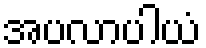
အပလာပါယံ